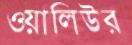
ওয়ালিউর